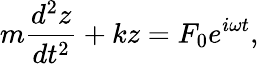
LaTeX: m{\frac{d^{2}z}{dt^{2}}}+kz=F_{0}e^{i\omega t},